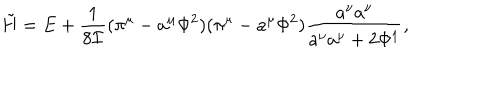
\tilde { H } = E + \frac { 1 } { 8 { \cal I } } ( \pi ^ { \mu } - a ^ { \mu } \Phi ^ { 2 } ) ( \pi ^ { \mu } - a ^ { \mu } \Phi ^ { 2 } ) \frac { a ^ { \nu } a ^ { \nu } } { a ^ { \nu } a ^ { \nu } + 2 \Phi ^ { 1 } } ,